Vaccination Hyderabad 1890-1903 - 1890-1903
Year: 1890
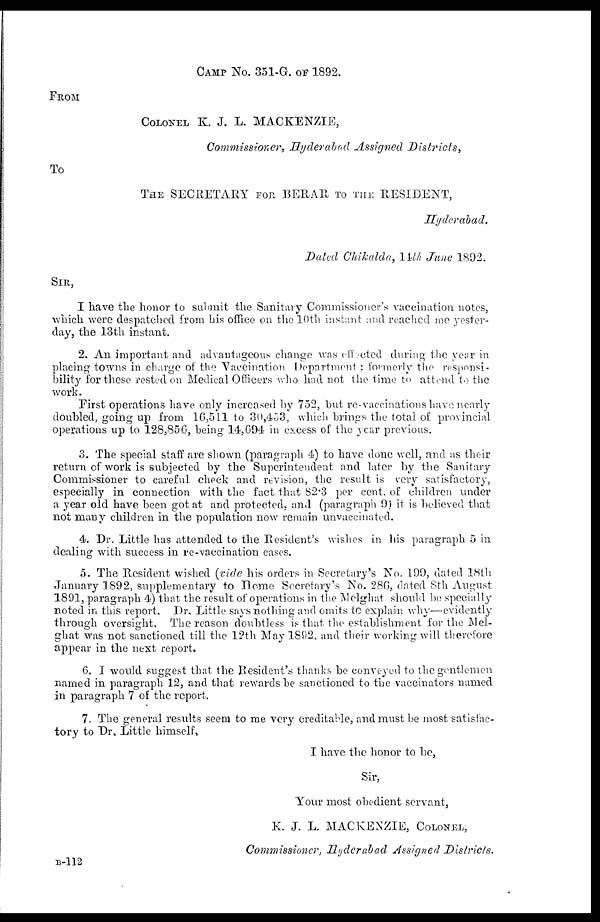
CAMP No. 351-G. OF 1892.
FROM
COLONEL K. J. L. MACKENZIE,
Commissioner, Hyderabad Assigned Districts,
To
THE SECRETARY FOR BERAR TO THE RESIDENT,
Hyderabad.
Dated Chikalda, 14th June 1892.
SIR,
I have the honor to submit the Sanitary Commissioner's vaccination notes,
which were despatched from his office on the 10th instant and reached me yester-
day, the 13th instant.
2. An important and advantageous change was effected during the year in
placing towns in charge of the Vaccination Department; formerly the responsi-
bility for these rested on Medical Officers who had not the time to attend to the
work.
First operations have only increased by 752, but re-vaccinations have, nearly
doubled, going up from 16,511 to 30,453, which brings the total of provincial
operations up to 128,856, being 14,694 in excess of the year previous.
3. The special staff are shown (paragraph 4) to have done well, and as their
return of work is subjected by the Superintendent and later by the Sanitary
Commissioner to careful check and revision, the result is very satisfactory,
especially in connection with the fact that 82.3 per cent. of children under
a year old have been got at and protected, and (paragraph 9) it is believed that
not many children in the population now remain unvaccinated.
4. Dr. Little has attended to the Resident's wishes in his paragraph 5 in
dealing with success in re-vaccination cases.
5. The Resident wished (vide his orders in Secretary's No. 199, dated 18th
January 1892, supplementary to Home Secretary's No. 286, dated 8th August
1891, paragraph 4) that the result of operations in the Melghat should be specially
noted in this report. Dr. Little says nothing and omits to explain why—evidently
through oversight. The reason doubtless is that the establishment for the Mel-
ghat was not sanctioned till the 12th May 1892, and their working will therefore
appear in the next report.
6. I would suggest that the Resident's thanks be conveyed to the gentlemen
named in paragraph 12, and that rewards be sanctioned to the vaccinators named
in paragraph 7 of the report.
7. The general results seem to me very creditable, and must be most satisfac-
tory to Dr. Little himself,
I have the honor to be,
Sir,
Your most obedient servant,
K. J. L. MACKENZIE, COLONEL,
Commissioner, Hyderabad Assigned Districts.
B-112